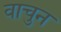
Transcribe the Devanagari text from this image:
वाचुन